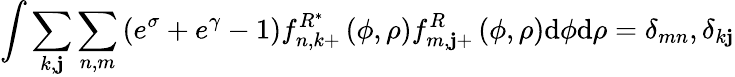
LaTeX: \int\sum_{k,\mathbf{j}}\sum_{n,m}\left(e^{\sigma}+e^{\gamma}-1\right)f_{n,k+}^{R^{\ast}}\left(\phi,\rho\right)f_{m,\mathbf{j}+}^{R}\left(\phi,\rho\right)\mathrm{{d}}\phi\mathrm{{d}}\rho=\delta_{mn},\delta_{k\mathbf{j}}